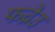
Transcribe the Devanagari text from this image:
फव्रेउ